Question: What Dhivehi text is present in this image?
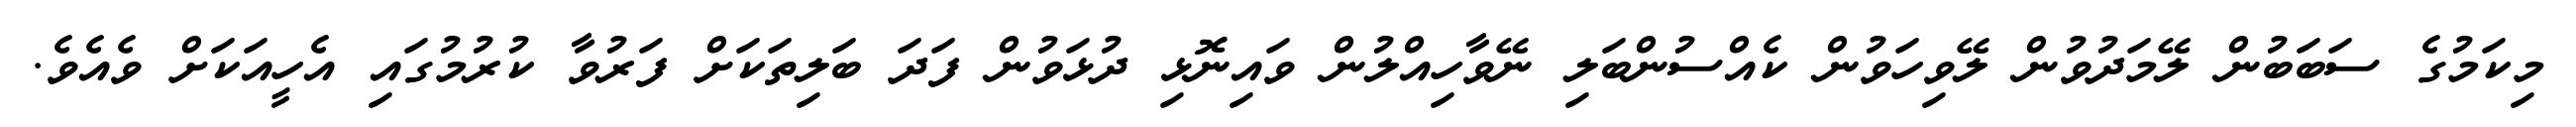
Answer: މިކަމުގެ ސަބަބުން ލޭމަދުވުން ލޭވިހަވުން ކެއްސުންބަލި ނޭވާހިއްލުން ވައިނޮޅި ދުޅަވުން ފަދަ ބަލިތަކަށް ފަރުވާ ކުރުމުގައި އެހީއަކަށް ވެއެވެ.